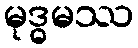
မုဒ္ဓမဿ